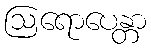
ဩရောပေန္တာ